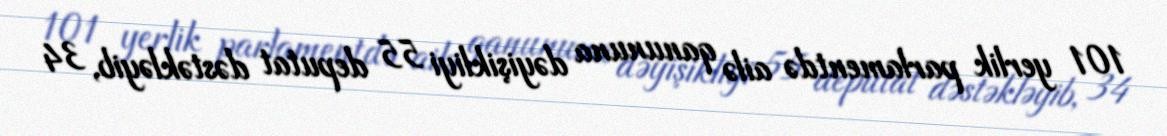
101 yerlik parlamentdə ailə qanununa dəyişikliyi 55 deputat dəstəkləyib, 34